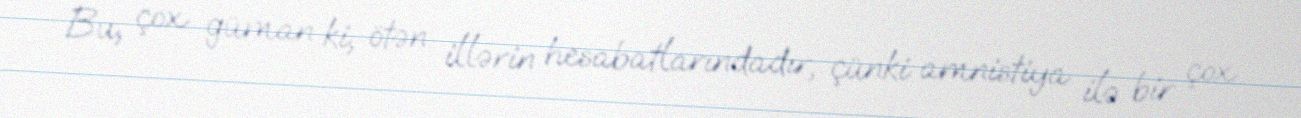
Bu, çox güman ki, ötən illərin hesabatlarındadır, çünki amnistiya ilə bir çox